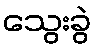
သွေးခွဲ